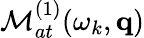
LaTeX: {\cal M}_{at}^{(1)}(\omega_{k},\mathbf{q})